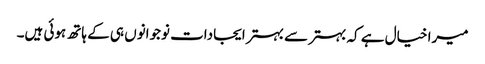
میرا خیال ہے کہ بہتر سے بہتر ایجادات نوجوانوں ہی کے ہاتھ ہوئی ہیں۔